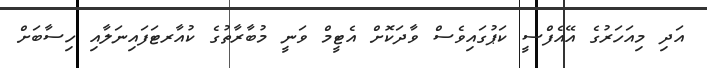
އަދި މިއަހަރުގެ އޭއެފްސީ ކަޕުގައިވެސް ވާދަކޮށް އެޓީމް ވަނީ މުބާރާތުގެ ކުއާރޓަފައިނަލާއި ހިސާބަށް